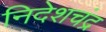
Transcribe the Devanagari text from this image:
निदेशचंद्र